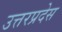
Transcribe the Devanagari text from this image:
उत्तरप्रदेस